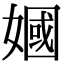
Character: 𫱣